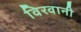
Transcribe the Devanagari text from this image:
विरवानी